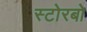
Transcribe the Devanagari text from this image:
स्टोरबो